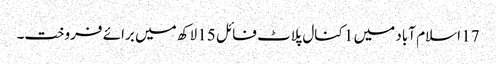
17 اسلام آباد میں 1 کنال پلاٹ فائل 15 لاکھ میں برائے فروخت۔